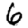
Digit: 6